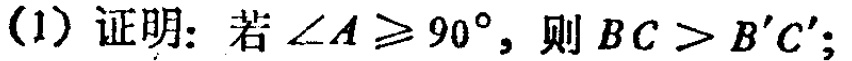
(1) 证明：若\(\angle A\geqslant90^{\circ}\)，则\(BC > B'C'\)；